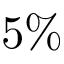
5 \%